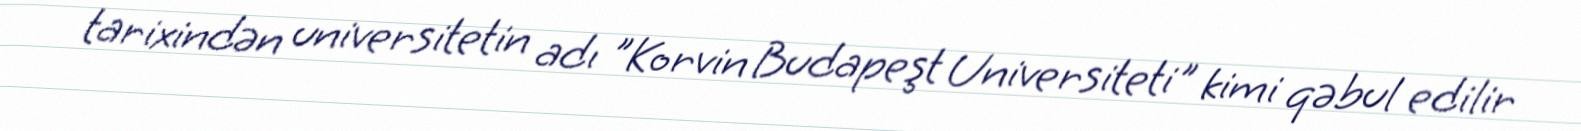
tarixindən universitetin adı "Korvin Budapeşt Universiteti" kimi qəbul edilir